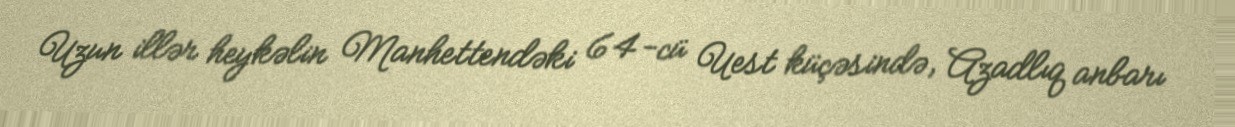
Uzun illər heykəlin Manhettendəki 64-cü Uest küçəsində, Azadlıq anbarı